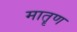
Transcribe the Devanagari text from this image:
मातॄण